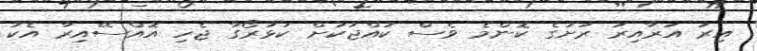
އިރު އަރާއިރު ރަށުގެ ކޮންމެ ވެސް ކުއްޖަކަށް ކަޅުރޯގާ ޖެހި އޮއްސޭއިރާ އެކު